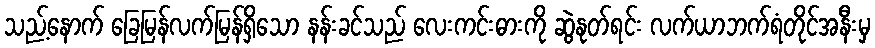
သည့်နောက် ခြေမြန်လက်မြန်ရှိသော နန်းခင်သည် လေးကင်းဓားကို ဆွဲနုတ်ရင်း လက်ယာဘက်ရံတိုင်အနီးမှ